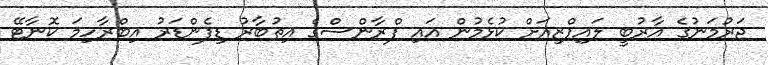
ޖަރުމަނުގެ އާރުބީ ލައިޕްޒިއަށް ކުޅެމުން އައި ފްރާންސްގެ އިތުބާރު ޑިފެންޑަރު އިބްރާހިމަ ކޮނާޓޭ